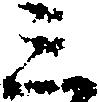
三